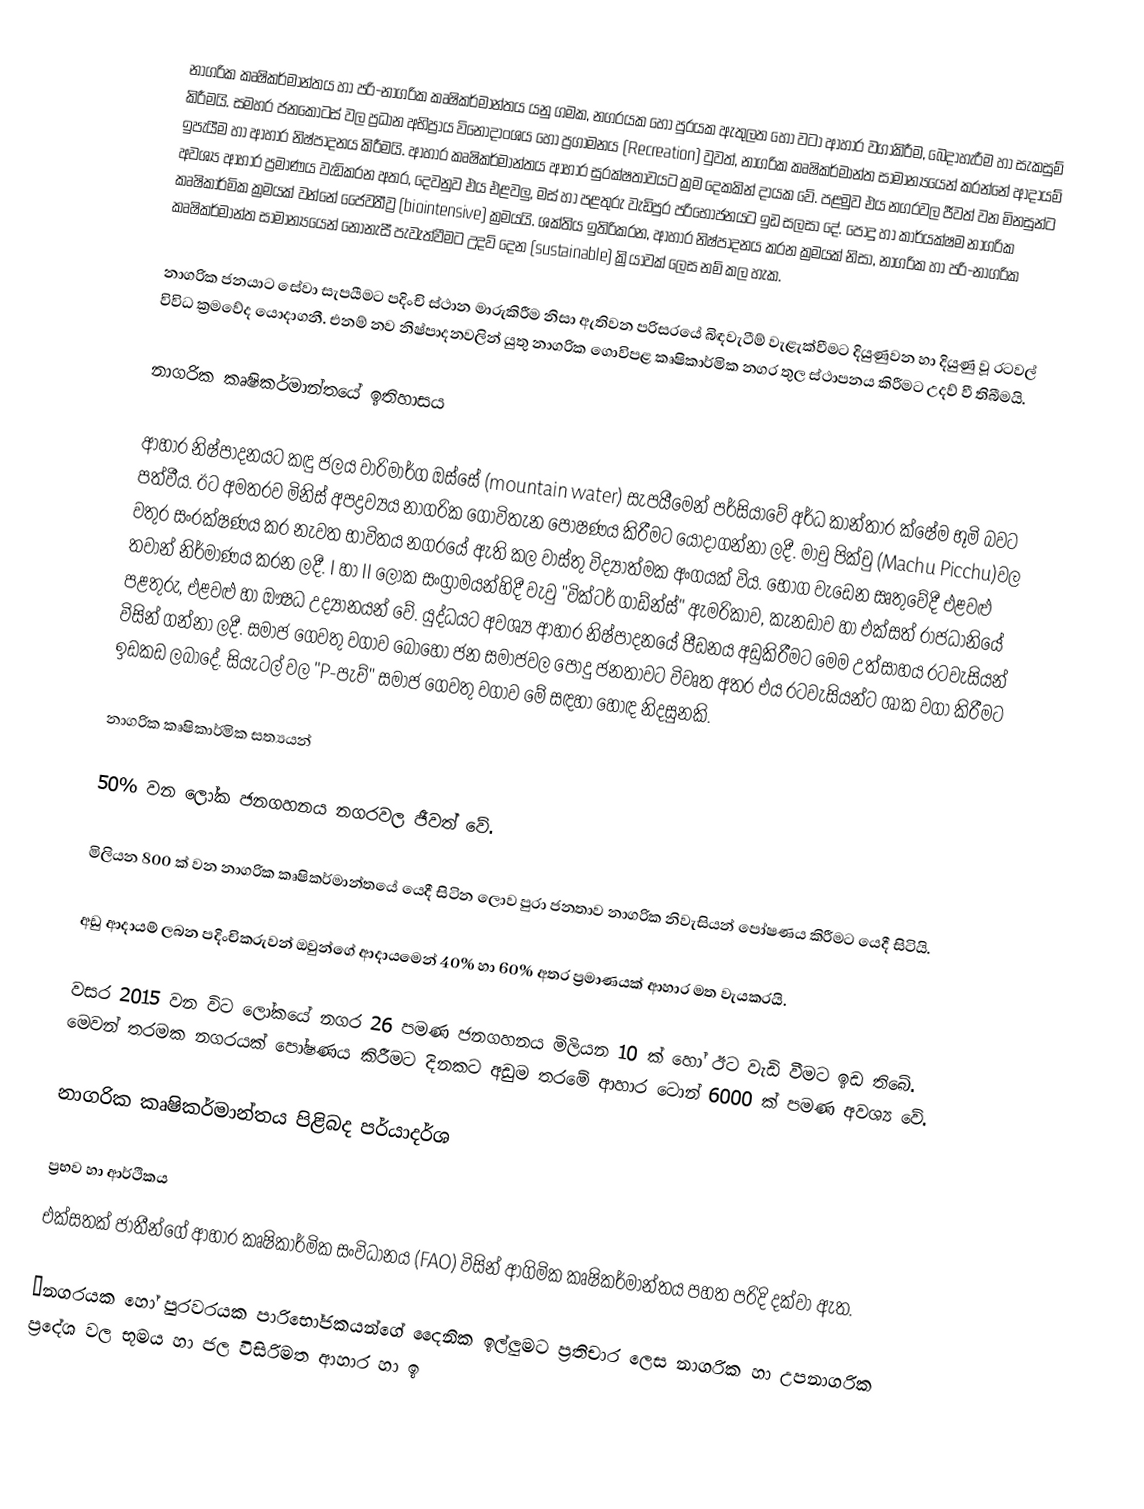
නාගරික කෘෂිකර්මාන්තය හා පරි-නාගරික කෘෂිකර්මාන්තය යනු ගමක, නගරයක හෝ පුරයක ඇතුලත හෝ වටා ආහාර වගාකිරීම, බෙදාහැරීම හා සැකසුම් කිරීමයි. සමහර ජනකොටස් වල ප්‍රධාන අභිප්‍රාය විනෝදාංශය ‍හෝ ප්‍රගාමනය (Recreation) වුවත්, නාගරික කෘෂිකර්මාන්ත සාමාන්‍යයෙන් කරන්නේ ආදායම් ඉපැයීම හා ආහාර නිෂ්පාදනය කිරීමයි. ආහාර කෘෂිකර්මාන්තය ආහාර සුරක්ෂතාවයට ක්‍රම දෙකකින් දායක වේ. පළමුව එය නගරවල ජීවත් වන මිනසුන්ට අවශ්‍ය ආහාර ප්‍රමාණය වැඩිකරන අතර, දෙවනුව එය එළවලු, මස් හා පළතුරු වැඩිපුර පරිභෝජනයට ඉඩ සලසා දේ. පොදු හා කාර්යක්ෂම නාගරික කෘෂිකාර්මික ක්‍රමයක් වන්නේ ජෛවතීව්‍ර (biointensive) ක්‍රමයයි. ශක්තිය ඉතිරිකරන, ආහාර නිෂ්පාදනය කරන ක්‍රමයක් නිසා, නාගරික හා පරි-නාගරික කෘෂිකර්මාන්ත සාමාන්‍යයෙන් නොනැසී පැවැත්වීමට උදව් දෙන (sustainable) ක්‍රියාවක් ලෙස නම් කල හැක.

නාගරික ජනයාට සේවා සැපයීමට පදිංචි ස්ථාන මාරුකිරීම නිසා ඇතිවන පරිසරයේ බිඳවැටීම් වැළැක්වීමට දියුණුවන හා දියුණු වූ රටවල් විවිධ ක්‍රමවේද යොදාගනී. එනම් නව නිෂ්පාදනවලින් යුතු නාගරික ගොවිපළ කෘෂිකාර්මික නගර තුල ස්ථාපනය කිරීමට උදව් වී තිබීමයි.

නාගරික කෘෂිකර්මාන්තයේ ඉතිහාසය

ආහාර නිෂ්පාදනයට කඳු ජලය වාරිමාර්ග ඔස්සේ (mountain water) සැපයීමෙන් පර්සියාවේ අර්ධ කාන්තාර ක්ෂේම භූමි බවට පත්වීය. ඊට අමතරව මිනිස් අපද්‍රව්‍යය නාගරික ගොවිතැන පෝෂණය කිරීමට යොදාගන්නා ලදී. මාචු පික්චු (Machu Picchu)වල වතුර සංරක්ෂණය කර නැවත භාවිතය නගරයේ ඇති කල වාස්තු විද්‍යාත්මක අංගයක් විය. භෝග වැඩෙන සෘතුවේදී එළවළු තවාන් නිර්මාණය කරන ලදී. I හා II ලෝක සංග්‍රාමයන්හිදී වැවු "වික්ටර් ගාඩ්න්ස්" ඇමරිකාව, කැනඩාව හා එක්සත් රාජධානියේ පළතුරු, එළවළු හා ඖෂධ උද්‍යානයන් වේ. යුද්ධයට අවශ්‍ය ආහාර නිෂ්පාදනයේ පීඩනය අඩුකිරීමට මෙම උත්සාහය රටවැසියන් විසින් ගන්නා ලදී. සමාජ ගෙවතු වගාව බොහෝ ජන සමාජවල පොදු ජනතාවට විවෘත අතර එය රටවැසියන්ට ශාක වගා කිරීමට ඉඩකඩ ලබාදේ. සියැටල් වල "P-පැච්" සමාජ ගෙවතු වගාව මේ සඳහා හොඳ නිදසුනකි.

නාගරික කෘෂිකාර්මික සත්‍යයන්

	50% වන ලෝක ජනගහනය නගරවල ජීවත් වේ.

	මිලියන 800 ක් වන නාගරික කෘෂිකර්මාන්තයේ යෙදී සිටින ලොව පුරා ජනතාව නාගරික නිවැසියන් පෝෂණය කිරීමට යෙදී සිටියි.

	අඩු ආදායම් ලබන පදිංචිකරුවන් ඔවුන්ගේ ආදායමෙන් 40% හා 60% අතර ප්‍රමාණයක් ආහාර මත වැයකරයි.

	වසර 2015 වන විට ලෝකයේ නගර 26 පමණ ජනගහනය මිලියන 10 ක් හෝ ඊට වැඩි වීමට ඉඩ තිබේ. මෙවන් තරමක නගරයක් පෝෂණය කිරීමට දිනකට අඩුම තරමේ ආහාර ටොන් 6000 ක් පමණ අවශ්‍ය වේ.

නාගරික කෘෂිකර්මාන්තය පිළිබද පර්යාදර්ශ

ප්‍රභව හා ආර්ථිකය
එක්සතක් ජාතීන්ගේ ආහාර කෘෂිකාර්මික සංවිධානය (FAO) විසින් ආගිමික කෘෂිකර්මාන්තය පහත පරිදි දක්වා ඇත.

“නගරයක හෝ පුරවරයක පාරිභෝජකයන්ගේ දෛනික ඉල්ලුමට ප්‍රතිචාර ලෙස නාගරික හා උපනාගරික ප්‍රදේශ වල භූමය හා ජල විසිරිමත ආහාර හා ඉ